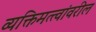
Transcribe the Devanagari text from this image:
व्यक्तिमत्त्वांवरील